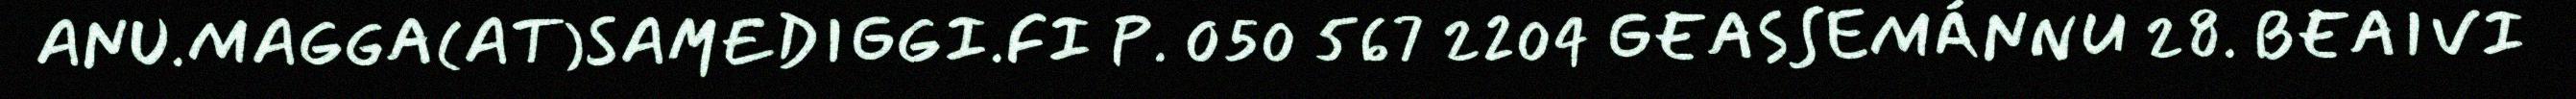
ANU.MAGGA(AT)SAMEDIGGI.FI P. 050 567 2204 GEASSEMÁNNU 28. BEAIVI